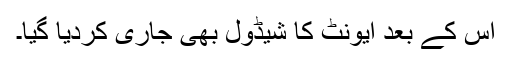
اس کے بعد ایونٹ کا شیڈول بھی جاری کردیا گیا۔